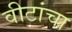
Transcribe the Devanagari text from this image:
वीटांचा